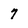
Character: 7